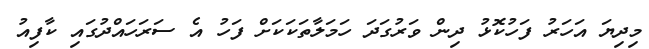
މިދިޔަ އަހަރު ފަހުކޮޅު ދިން ވަރުގަދަ ހަމަލާތަކަކަށް ފަހު އެ ސަރަހައްދުގައި ކާފިއު